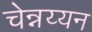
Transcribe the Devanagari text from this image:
चेन्नय्यन